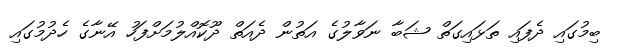
ބިމުގައި ދެފައި ތަޅައިގަތް ޝަބާ ނަވާލުގެ އަތުން ދެއަތް ދޫކޮއްލުމަށްފަހު އޭނާގެ ހެދުމުގައި